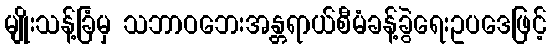
မျိုးသန့်ခြံမှ သဘာဝဘေးအန္တရာယ်စီမံခန့်ခွဲရေးဥပဒေဖြင့်